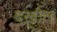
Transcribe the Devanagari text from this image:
दख़ील